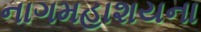
નાગમહાશયના